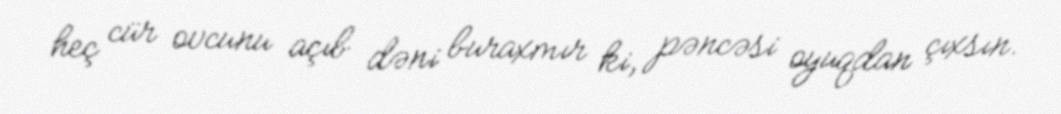
heç cür ovcunu açıb dəni buraxmır ki, pəncəsi oyuqdan çıxsın.